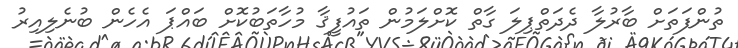
ތުންފަތަށް ބާރުލާ ދެދަތްޕިލަ ގާތް ކޮށްލަމުން ތައުފީޤާ މުހާތަބުކޮށް ބައްޕަ އެހެން ބުނެލިއިރު